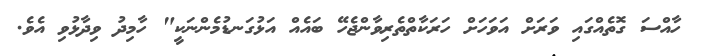
ހާއްސަ ގޮތެއްގައި ވަރަށް އަވަހަށް ހަރަކާތްތެރިވާންޖެހޭ ބައެއް އަޅުގަނޑުމެންނަކީ" ހާމިދު ވިދާޅުވި އެވެ.